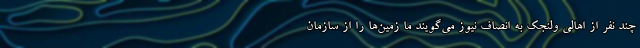
چند نفر از اهالی ولنجک به انصاف نیوز می‌گویند ما زمین‌ها را از سازمان